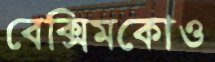
বেক্সিমকোও